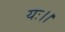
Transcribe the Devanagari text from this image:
यः।।